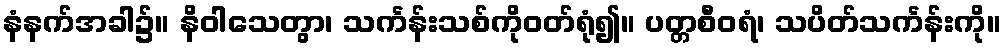
နံနက်အခါ၌။ နိဝါသေတွာ၊ သင်္ကန်းသစ်ကိုဝတ်ရုံ၍။ ပတ္တစီဝရံ၊ သပိတ်သင်္ကန်းကို။